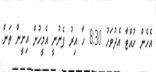
އެހެން ހުއްޓާ އެދުވަހު 8:30 ހާ އިރު ފެނުނީ އެމީހުން އިށީން ތަން.